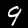
Label: 9